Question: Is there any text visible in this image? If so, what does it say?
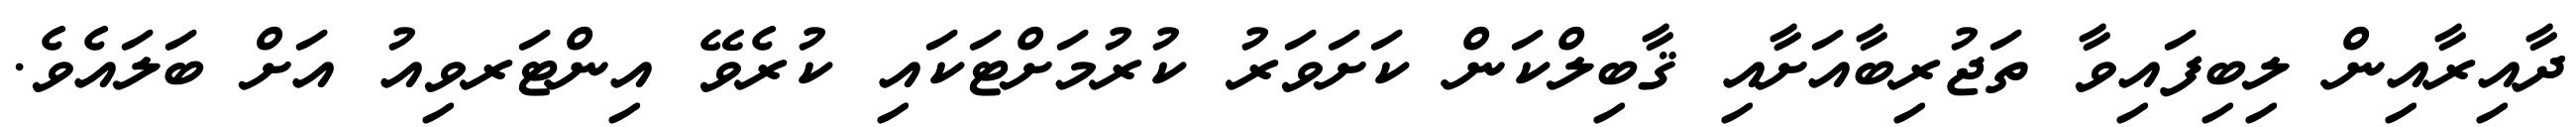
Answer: ދާއިރާއިން ލިބިފައިވާ ތަޖުރިބާއަށާއި ޤާބިލްކަން ކަށަވަރު ކުރުމަށްޓަކައި ކުރެވޭ އިންޓަރވިއު އަށް ބަލައެވެ.